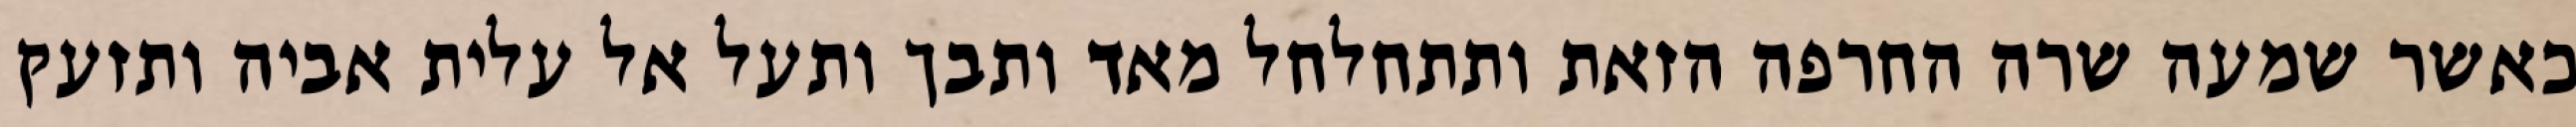
כאשר שמעה שרה החרפה הזאת ותתחלחל מאד ותבך ותעל אל עלית אביה ותזעק